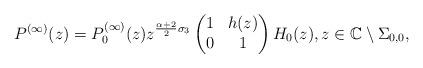
LaTeX: \begin{align*}P^{(\infty)}(z) = P^{(\infty)}_{0}(z) z^{\frac{\alpha+2}{2}\sigma_{3}} \begin{pmatrix}1 & h(z) \\ 0 & 1\end{pmatrix} H_{0}(z), z \in \mathbb{C}\setminus \Sigma_{0,0},\end{align*}